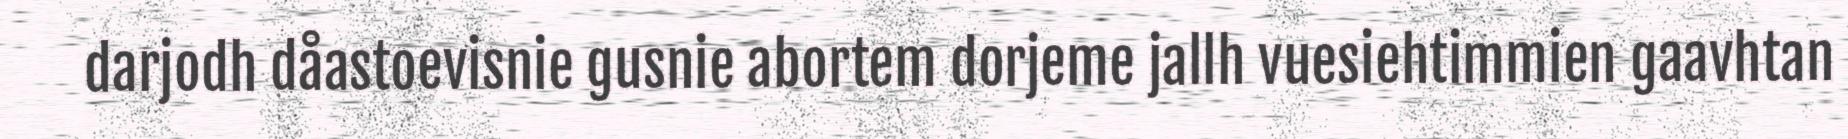
darjodh dåastoevisnie gusnie abortem dorjeme jallh vuesiehtimmien gaavhtan